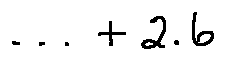
\cdots + 2 . 6